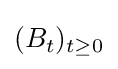
(B_{t})_{t\geq 0}